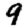
Digit: 9